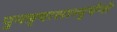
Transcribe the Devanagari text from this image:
पुनन्र्यासात्पूर्यन्ते